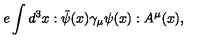
e \int d ^ { 3 } x : \bar { \psi } ( x ) \gamma _ { \mu } \psi ( x ) : A ^ { \mu } ( x ) ,